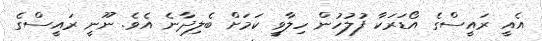
އެއީ ރައީސްގެ އޯޑަރަކާ ފުލުހުން ހިލާވީ ކަމަށް ބެލިދާނެ އެވެ. ނޫނީ ރައީސްގެ